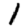
Digit: 1